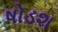
ષોડશ